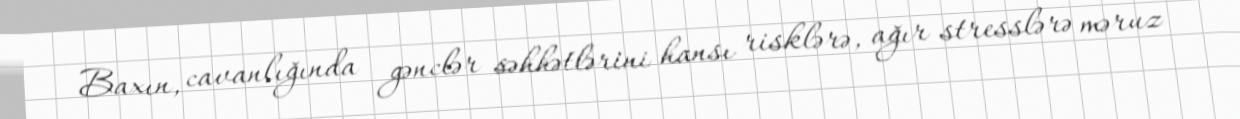
Baxın, cavanlığında gənclər səhhətlərini hansı risklərə, ağır stresslərə məruz